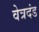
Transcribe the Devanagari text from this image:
वेत्रदंड